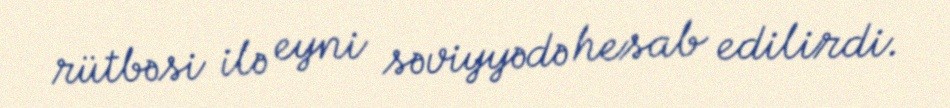
rütbəsi ilə eyni səviyyədə hesab edilirdi.